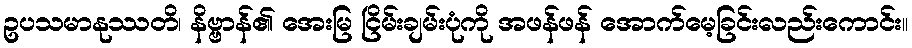
ဥပသမာနုဿတိ၊ နိဗ္ဗာန်၏ အေးမြ ငြိမ်းချမ်းပုံကို အဖန်ဖန် အောက်မေ့ခြင်းလည်းကောင်း။